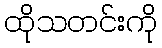
ထိုသတင်းကို